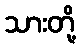
သားတို့